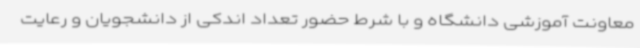
معاونت آموزشی دانشگاه و با شرط حضور تعداد اندکی از دانشجویان و رعایت